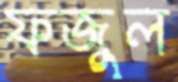
ফজুল